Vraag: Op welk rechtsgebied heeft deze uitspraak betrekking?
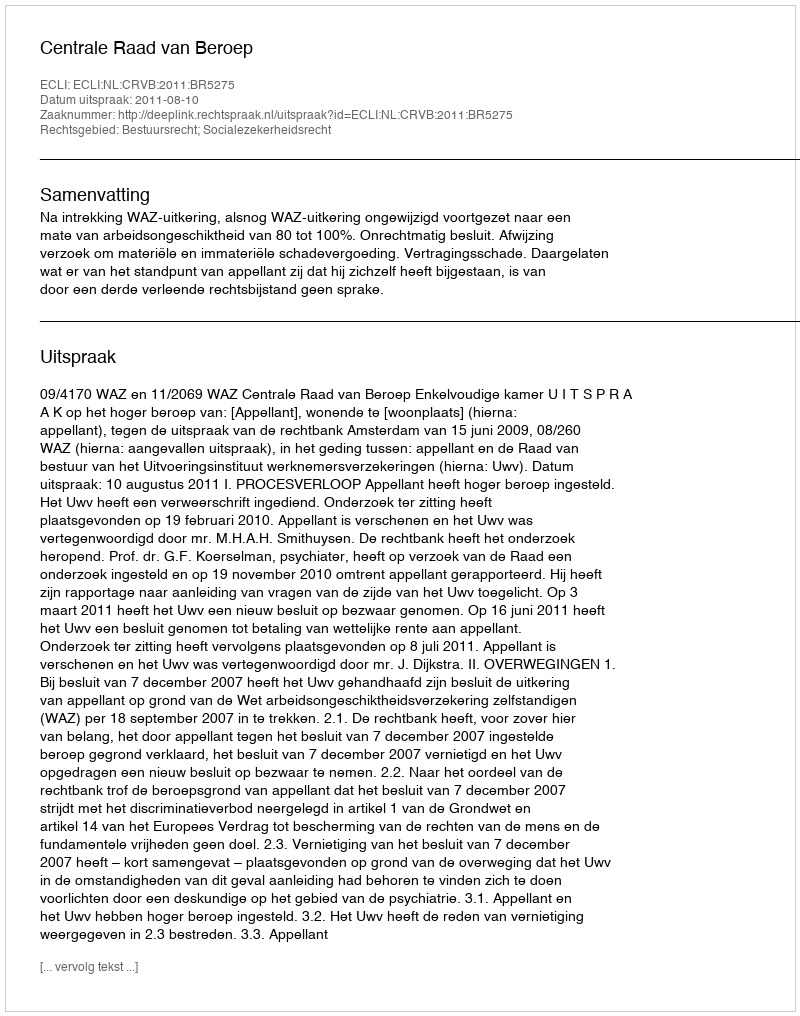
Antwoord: Bestuursrecht; Socialezekerheidsrecht